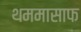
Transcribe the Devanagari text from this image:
थममासाफ